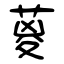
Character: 葼